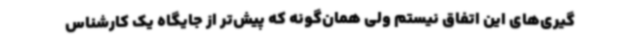
‌گیری‌های این اتفاق نیستم ولی همان‌گونه که پیش‌تر از جایگاه یک کارشناس